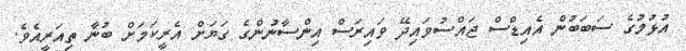
އުޅުމުގެ ސަބަބުން އެއިޑްސް ޖައްސުވައިދޭ ވައިރަސް އިންސާނުންގެ ގަޔަށް އެރީކަމަށް ބުނާ ތިއަރީއެވެ.